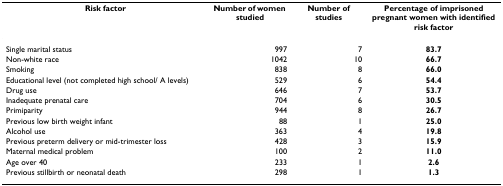
<table><thead><tr><td><b>Risk factor</b></td><td><b>Number of women studied</b></td><td><b>Number of studies</b></td><td><b>Percentage of imprisoned pregnant women with identified risk factor</b></td></tr></thead><tbody><tr><td>Single marital status</td><td>997</td><td>7</td><td><b>83.7</b></td></tr><tr><td>Non-white race</td><td>1042</td><td>10</td><td><b>66.7</b></td></tr><tr><td>Smoking</td><td>838</td><td>8</td><td><b>66.0</b></td></tr><tr><td>Educational level (not completed high school/ A levels)</td><td>529</td><td>6</td><td><b>54.4</b></td></tr><tr><td>Drug use</td><td>646</td><td>7</td><td><b>53.7</b></td></tr><tr><td>Inadequate prenatal care</td><td>704</td><td>6</td><td><b>30.5</b></td></tr><tr><td>Primiparity</td><td>944</td><td>8</td><td><b>26.7</b></td></tr><tr><td>Previous low birth weight infant</td><td>88</td><td>1</td><td><b>25.0</b></td></tr><tr><td>Alcohol use</td><td>363</td><td>4</td><td><b>19.8</b></td></tr><tr><td>Previous preterm delivery or mid-trimester loss</td><td>428</td><td>3</td><td><b>15.9</b></td></tr><tr><td>Maternal medical problem</td><td>100</td><td>2</td><td><b>11.0</b></td></tr><tr><td>Age over 40</td><td>233</td><td>1</td><td><b>2.6</b></td></tr><tr><td>Previous stillbirth or neonatal death</td><td>298</td><td>1</td><td><b>1.3</b></td></tr></tbody></table>